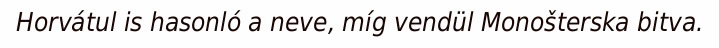
Horvátul is hasonló a neve, míg vendül Monošterska bitva.